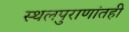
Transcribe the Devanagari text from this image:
स्थलपुराणांतही